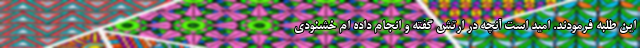
این طلبه فرمودند. امید است آنچه در ارتش گفته و انجام داده ام خشنودی